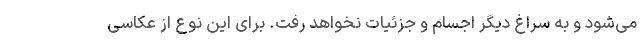
می‌شود و به سراغ دیگر اجسام و جزئیات نخواهد رفت. برای این نوع از عکاسی